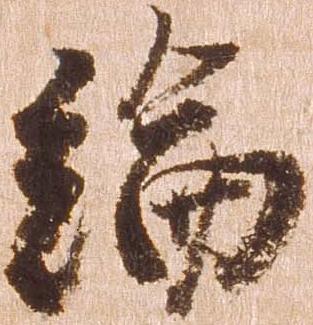
綸